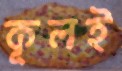
কূলই